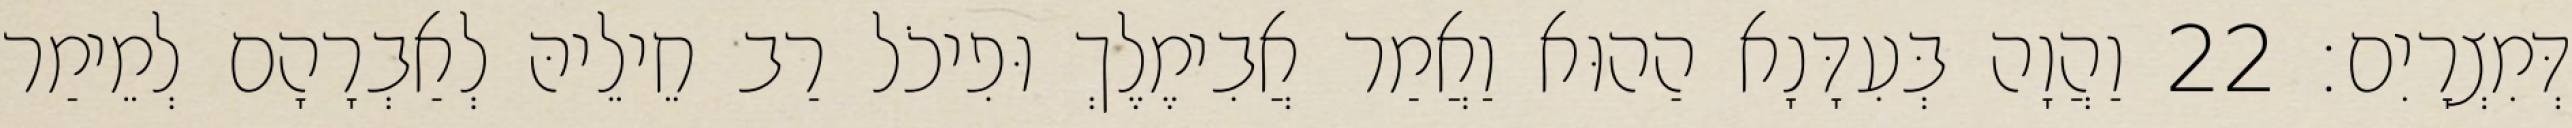
דְּמִצְרָיִם׃ 22 וַהֲוָה בְּעִדָּנָא הַהוּא וַאֲמַר אֲבִימֶלֶךְ וּפִיכֹל רַב חֵילֵיהּ לְאַבְרָהָם לְמֵימַר